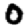
Digit: 0